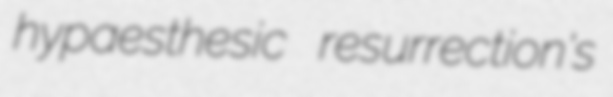
hypaesthesic resurrection's